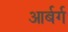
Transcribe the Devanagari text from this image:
आर्बर्ग